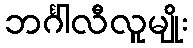
ဘင်္ဂါလီလူမျိုး